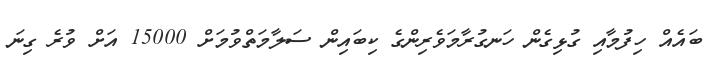
ބައެއް ހިފުމާއި ގުޅިގެން ހަނގުރާމަވެރިންގެ ކިބައިން ސަލާމަތްވުމަށް 15000 އަށް ވުރެ ގިނަ